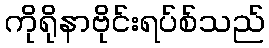
ကိုရိုနာဗိုင်းရပ်စ်သည်